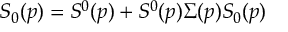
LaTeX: S _ { 0 } ( p ) = S ^ { 0 } ( p ) + S ^ { 0 } ( p ) \Sigma ( p ) S _ { 0 } ( p )